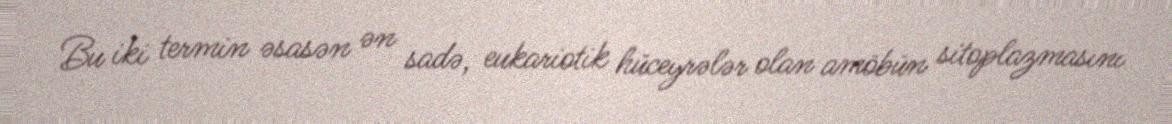
Bu iki termin əsasən ən sadə, eukariotik hüceyrələr olan amöbün sitoplazmasını